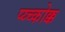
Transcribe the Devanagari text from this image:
प्य्च्कोक्क